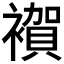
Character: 𧝂